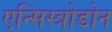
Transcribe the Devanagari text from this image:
एन्सिस्त्रोडोन